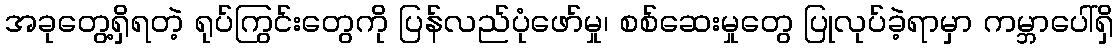
အခုတွေ့ရှိရတဲ့ ရုပ်ကြွင်းတွေကို ပြန်လည်ပုံဖော်မှု၊ စစ်ဆေးမှုတွေ ပြုလုပ်ခဲ့ရာမှာ ကမ္ဘာပေါ်ရှိ